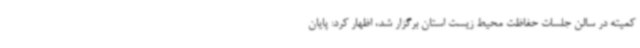
کمیته در سالن جلسات حفاظت محیط زیست استان برگزار شد، اظهار کرد: پایان